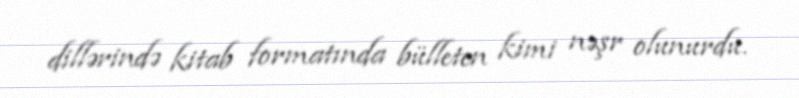
dillərində kitab formatında bülleten kimi nəşr olunurdu.